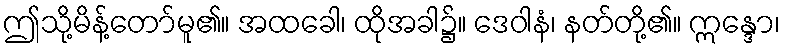
ဤသို့မိန့်တော်မူ၏။ အထခေါ၊ ထိုအခါ၌။ ဒေဝါနံ၊ နတ်တို့၏။ ဣန္ဒော၊